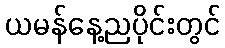
ယမန်နေ့ညပိုင်းတွင်